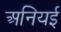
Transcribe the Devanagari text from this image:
अनियई